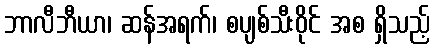
ဘာလီဘီယာ၊ ဆန်အရက်၊ စပျစ်သီးဝိုင် အစ ရှိသည့်